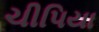
ચીપિયા